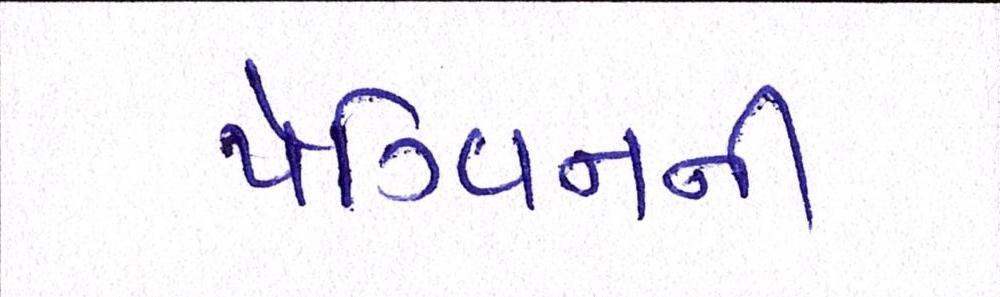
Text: પૅંગ્વિનની